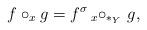
LaTeX: \begin{align*} f\circ_{x} g= f^{\sigma}\, {{_{x}\circ_{\ast_{Y}}}}\,\, g, \end{align*}